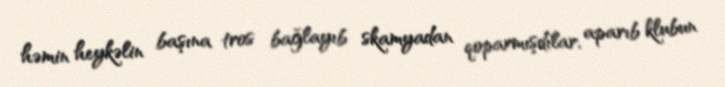
həmin heykəlin başına tros bağlayıb skamyadan qoparmışdılar, aparıb klubun